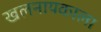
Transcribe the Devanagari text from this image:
खलनायकाला